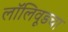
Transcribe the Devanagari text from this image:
लॉलिवूडचा